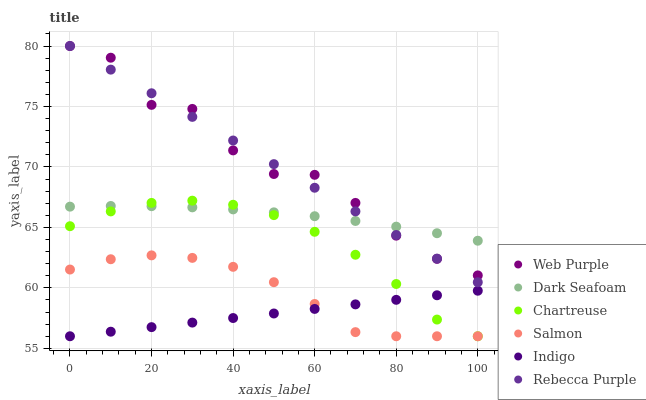
| xaxis_label | Web Purple | Dark Seafoam | Chartreuse | Salmon | Indigo | Rebecca Purple |
 | --- | --- | --- | --- | --- | --- | --- |
 | 0 | 80 | 66.7 | 65.1 | 61.5 | 56 | 80 |
 | 10 | 79 | 66.8 | 66.3 | 62.4 | 56.4 | 78 |
 | 20 | 75.1 | 66.8 | 67 | 62.7 | 56.8 | 76.1 |
 | 30 | 74.8 | 66.7 | 67.2 | 62.5 | 57.1 | 74.1 |
 | 40 | 71.4 | 66.5 | 66.9 | 61.7 | 57.5 | 72.2 |
 | 50 | 69.4 | 66.2 | 66 | 60.5 | 57.9 | 70.2 |
 | 60 | 69.3 | 65.9 | 64.6 | 58.7 | 58.3 | 68.3 |
 | 70 | 67 | 65.5 | 62.7 | 56.3 | 58.6 | 66.3 |
 | 80 | 64.3 | 65.1 | 60.3 | 56 | 59 | 64.4 |
 | 90 | 62.4 | 64.5 | 57.4 | 56 | 59.4 | 62.4 |
 | 100 | 61 | 63.9 | 56 | 56 | 59.8 | 60.5 |